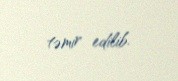
təmir edilib.